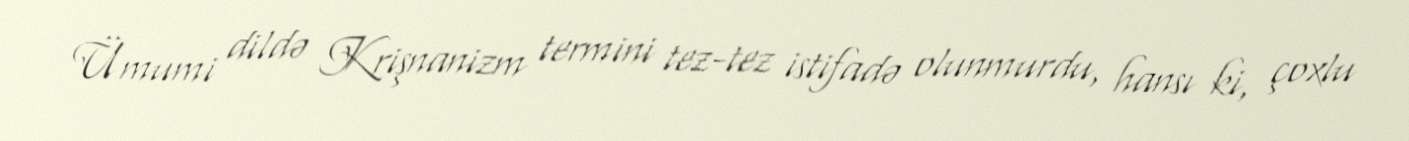
Ümumi dildə Krişnanizm termini tez-tez istifadə olunmurdu, hansı ki, çoxlu